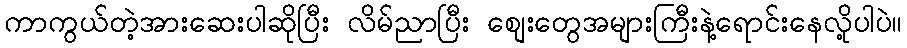
ကာကွယ်တဲ့အားဆေးပါဆိုပြီး လိမ်ညာပြီး စျေးတွေအများကြီးနဲ့ရောင်းနေလို့ပါပဲ။